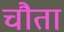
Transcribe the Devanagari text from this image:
चौता